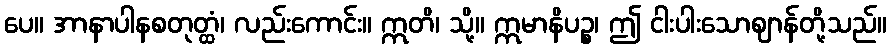
ပေ။ အာနာပါနစတုတ္ထံ၊ လည်းကောင်း။ ဣတိ၊ သို့။ ဣမာနိပဉ္စ၊ ဤ ငါးပါးသောဈာန်တို့သည်။